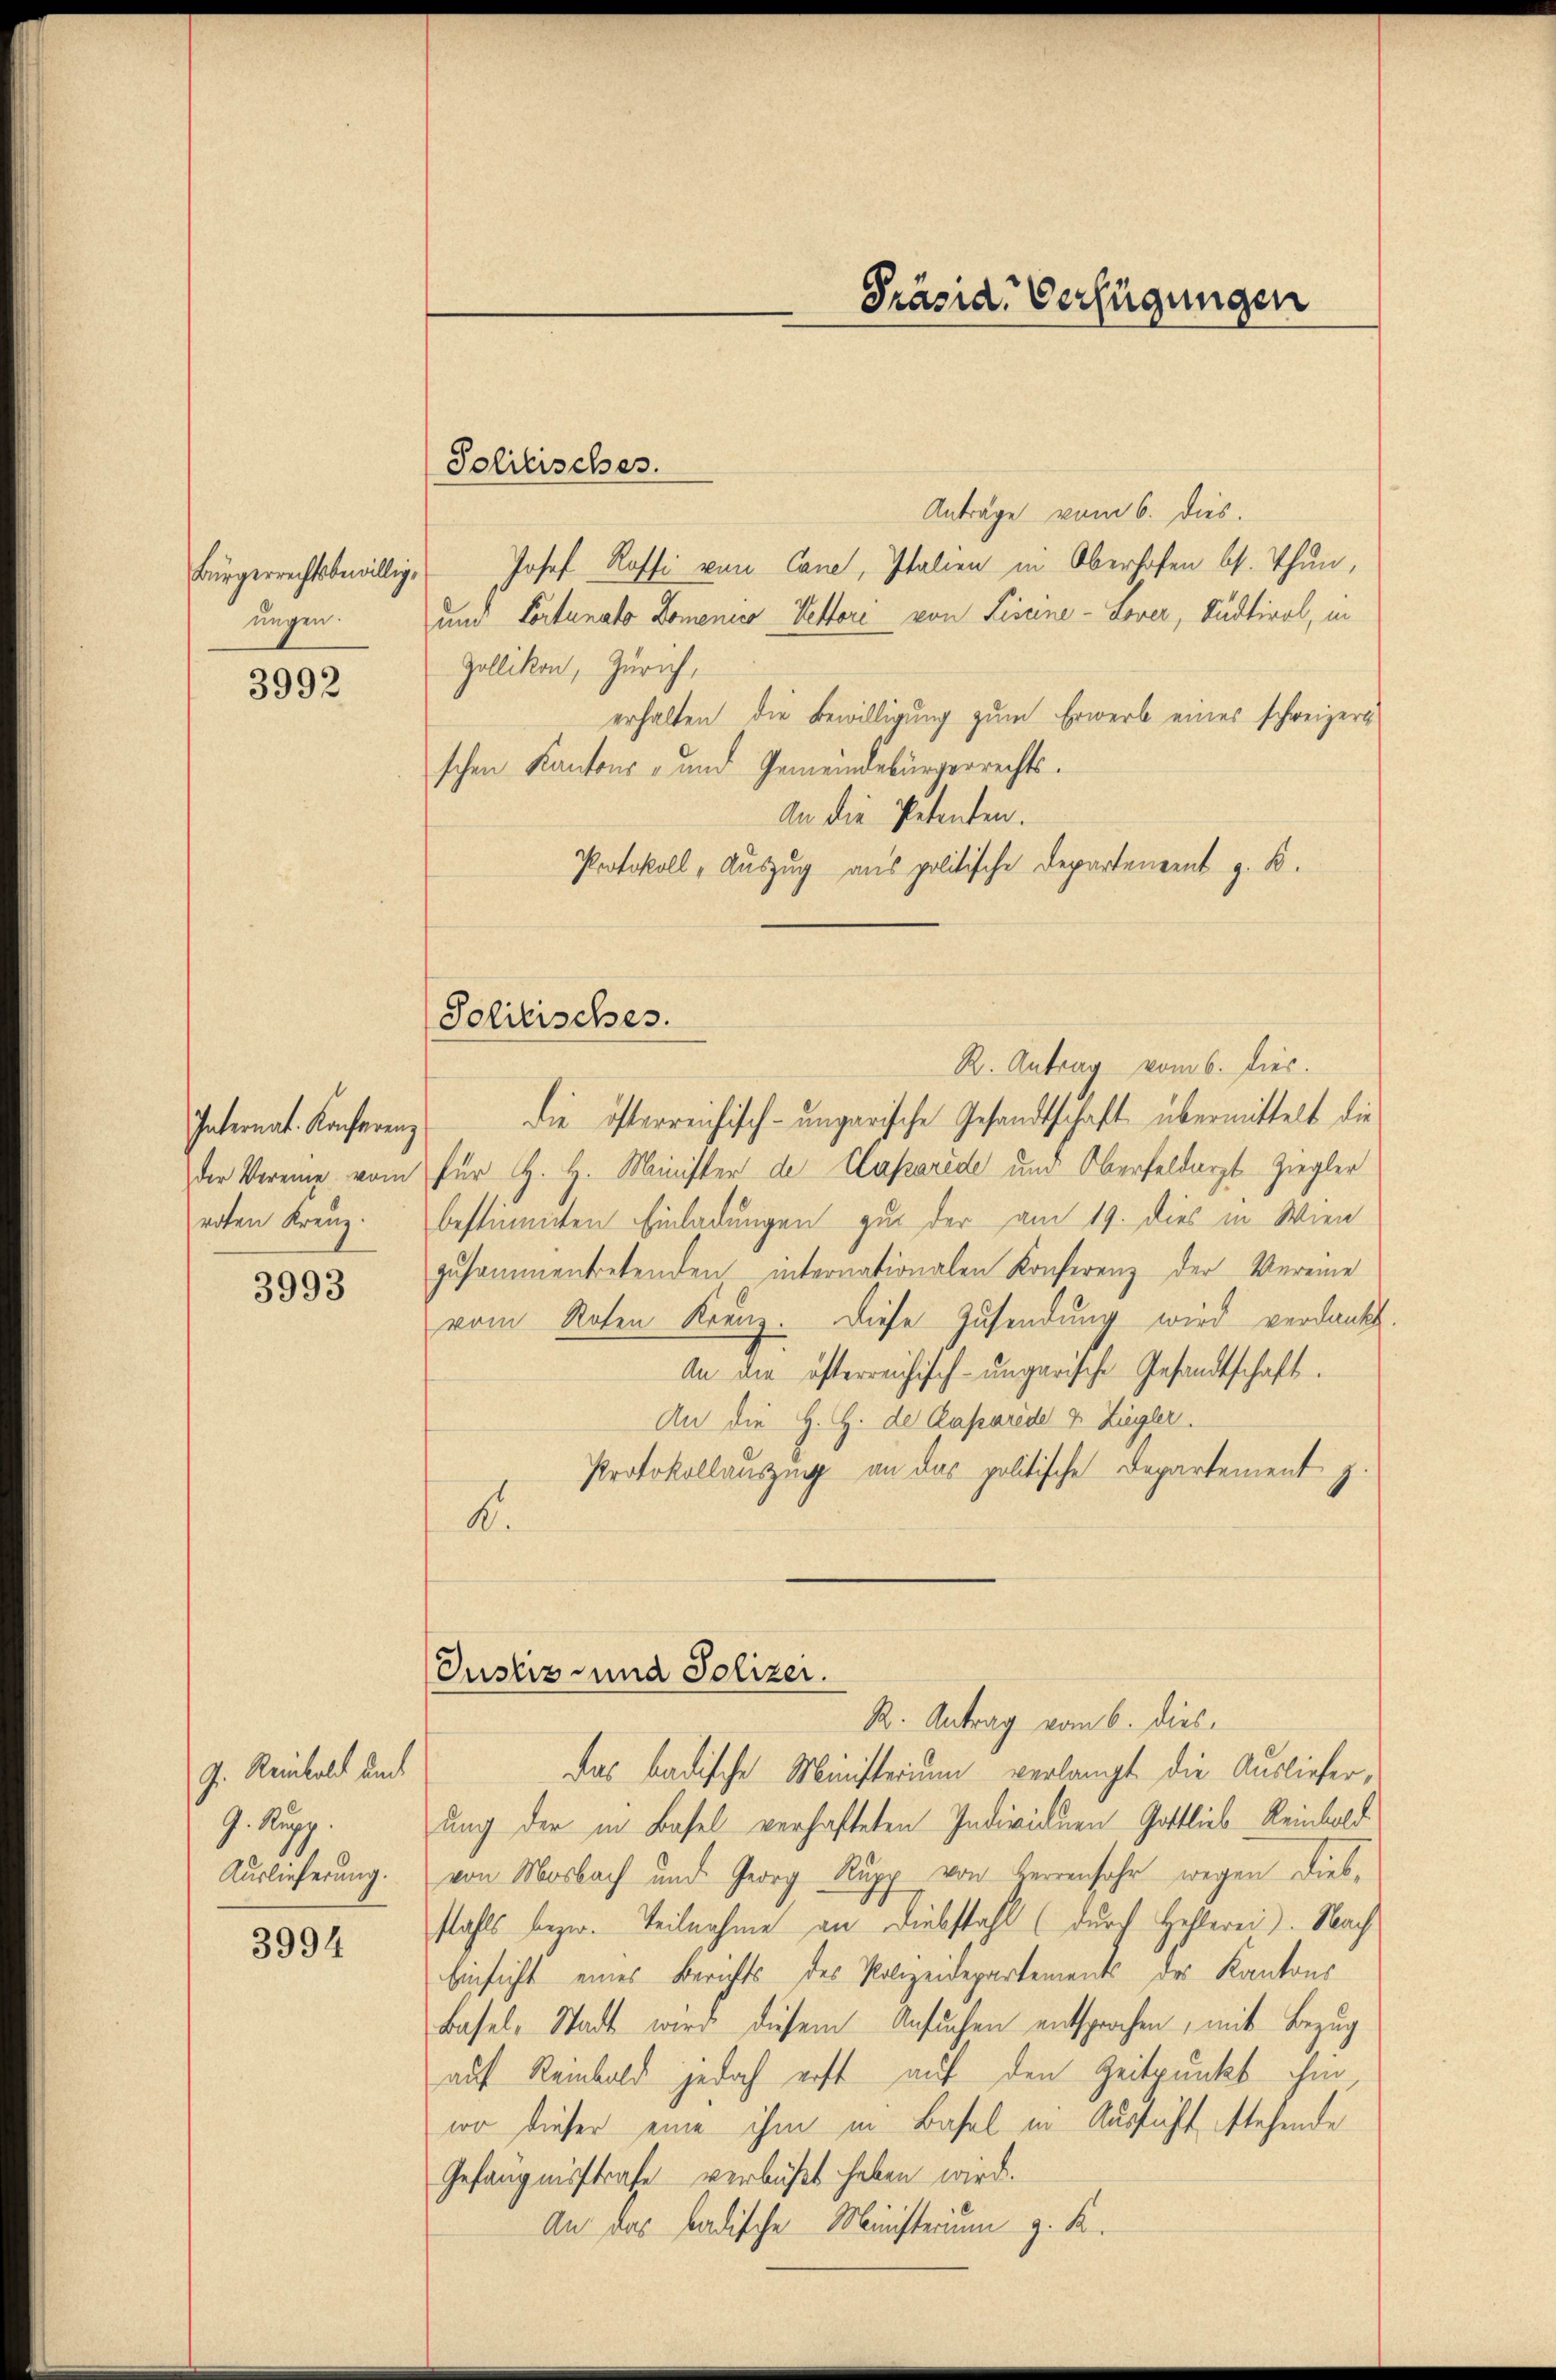
Bürgerrechtsbewillig,
ungen.

3992

Internat. Konferenz
roten Kreuz.

3993

J. Reinbold und
J. Rupp
Auslieferung.

3994

Solitisches.

Solitisches.

Anträge vom 6. dies.
Josef Roffi von Cane, Italien in Oberhofen bes. Thun,
und Portanato Domenico - Pettori von Fiseine - Lover, Südtirol, in
Zollikon, Zürich,
erhalten die Bewilligung zum Erwerb eines schweizeri
schen Kantons- und Gemeindebürgerrechts¬
An die Petenten.
Protokoll „Auszug aus politische Departement z. B.
R. Antrag vom 6. dies.
die österreichisch-ungarische Gesandtschaft übermittelt die
der Vereine vom für H. H. Minister de Caparede und Oberfeldarzt Ziegler
bestimmten Einladungen zur der am 19. dies in Wien
zusammentretenden internationalen Konferenz der Vereine
vom Noten Krenz. Diese Zusendung wird verdankt.
An die österreichisch-ungarische Gesandtschaft.
An die H. H. de Caparede & Ziegler.
Protokollauszug an das politische Departement z.
A
Justiz und Polizei.
R. Antrag vom 6. dies
Das badische Ministerium verlangt die Auslieferung der in Basel verhafteten Individuen Gottlieb Reinbold
von Mosbach und Georg Rupp von Herrenfahr wegen Diebstahls bezw. Teilnahme an Diebstahl (durch Hehlerei). Nach
Einsicht eines Berichts des Polizeidepartements des Kantons
Basel-Stadt wird diesem Ansuchen entsprochen, mit Bezug
auf Reinbald jedoch erst auf den Zeitpunkt hin
wo dieser eine ihm in Basel in Aussicht stehende
Gefängnisstrafe verbüßt haben wird.
An das badische Ministerium z. K.

Präsid. Verfügungen